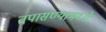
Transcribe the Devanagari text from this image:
तपासण्यामध्ये